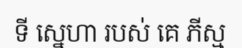
ទី ស្នេហា របស់ គេ ភីស្ម